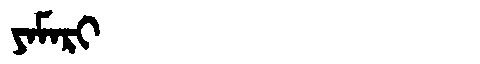
Manchu: ᠶᠠᠮᠠᡵᡳ
Romanization: YAMARI